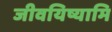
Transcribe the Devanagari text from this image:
जीवयिष्यामि